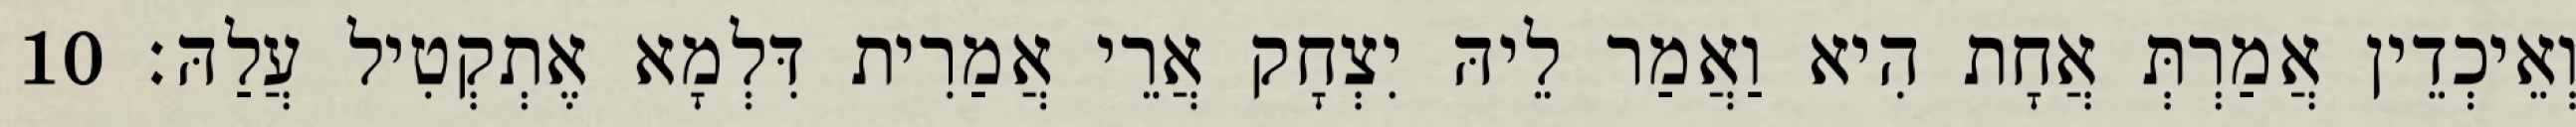
וְאֵיכְדֵין אֲמַרְתְּ אֲחָת הִיא וַאֲמַר לֵיהּ יִצְחָק אֲרֵי אֲמַרִית דִּלְמָא אֶתְקְטִיל עֲלַהּ׃ 10